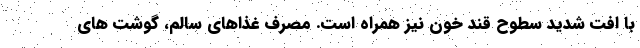
با افت شدید سطوح قند خون نیز همراه است. مصرف غذاهای سالم، گوشت های